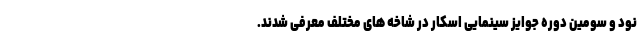
نود و سومین دوره جوایز سینمایی اسکار در شاخه های مختلف معرفی شدند.